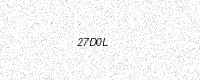
Text: 27D0L